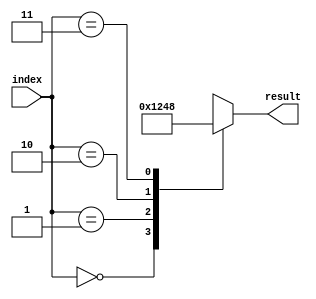
/***********************************************
Module Name:   coder_4_2_parallel
Feature:       Show 4-2 coder with 'case'
Coder:         Garfield
Organization:  XXXX Group, Department of Architecture
------------------------------------------------------
Input ports:   index, 2 bits, operent
Output Ports:  result, 4 bits, 
               when index = 00, result = 0001
					when index = 01, result = 0010
					when index = 10, result = 0100
					when index = 11, result = 1000
------------------------------------------------------
History:
12-22-2015: First Version by Garfield
12-22-2015: First verified by Coder_4_2_Case_test
***********************************************/

module coder_4_2_case
  ( input[1:0] index,
    output reg[3:0] result     
  );
  
//Load other module(s)

//Definition for Variables in the module

//Logical
always @(*)
begin
    case (index)
    2'b00:
    begin
        result <= 4'b0001;
    end 
    2'b01:
    begin
        result <= 4'b0010;
    end 
    2'b10:
    begin
        result <= 4'b0100;
    end 
    2'b11:
    begin
        result <= 4'b1000;
    end
    endcase
end

endmodule